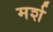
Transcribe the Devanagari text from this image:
मर्श